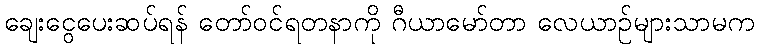
ချေးငွေပေးဆပ်ရန် တော်ဝင်ရတနာကို ဂီယာမော်တာ လေယာဉ်များသာမက